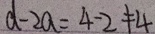
d - 2 a = 4 - 2 \neq 4